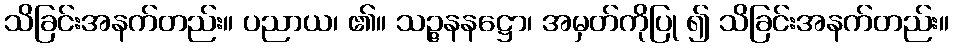
သိခြင်းအနက်တည်း။ ပညာယ၊ ၏။ သဉ္ဇနနဋ္ဌော၊ အမှတ်ကိုပြု ၍ သိခြင်းအနက်တည်း။